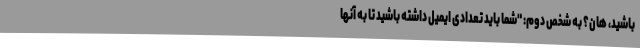
باشید، هان؟ به شخص دوم: "شما باید تعدادی ایمیل داشته باشید تا به آنها